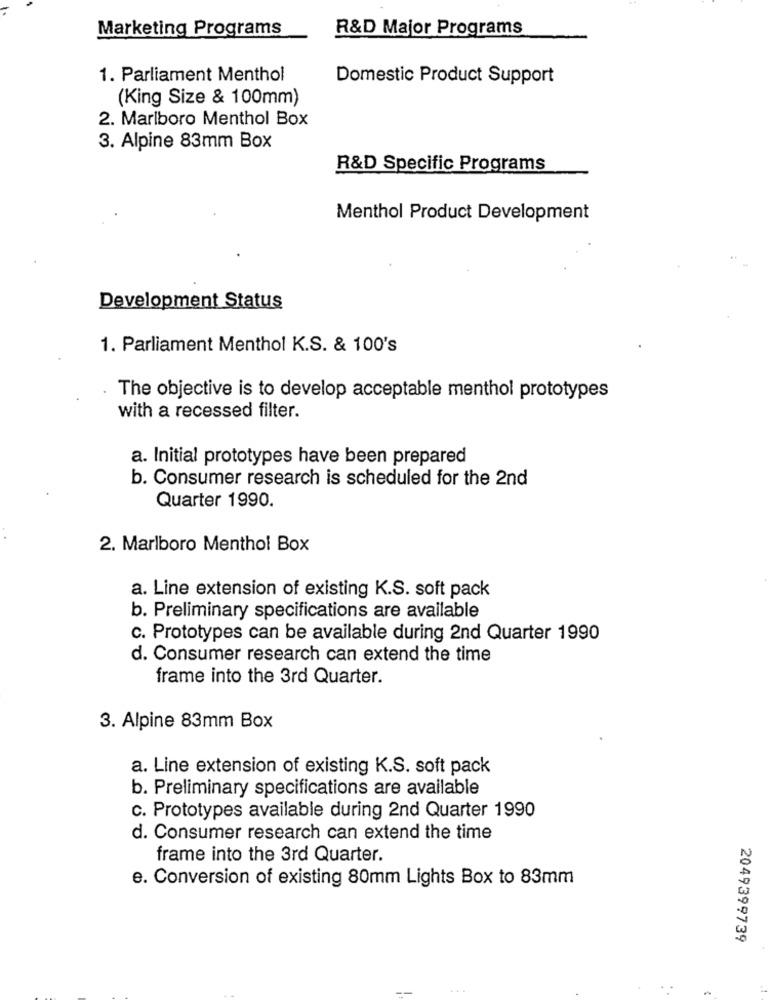
Marketing Programs
R&D Major Programs
1. Parliament Menthol
Domestic Product Support
(King Size & 100mm)
2. Marlboro Menthol Box
3. Alpine 83mm Box
R&D Specific Programs
Menthol Product Development
Development Status
1. Parliament Menthol K.S. & 100's
The objective is to develop acceptable menthol prototypes
with a recessed filter.
a. Initial prototypes have been prepared
b. Consumer research is scheduled for the 2nd
Quarter 1990.
2. Marlboro Menthol Box
a. Line extension of existing K.S. soft pack
b. Preliminary specifications are available
c. Prototypes can be available during 2nd Quarter 1990
d. Consumer research can extend the time
frame into the 3rd Quarter.
3. Alpine 83mm Box
a. Line extension of existing K.S. soft pack
b. Preliminary specifications are available
c. Prototypes available during 2nd Quarter 1990
d. Consumer research can extend the time
frame into the 3rd Quarter.
e. Conversion of existing 80mm Lights Box to 83mm
2049399739
...